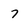
Character: 7